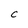
Character: C